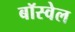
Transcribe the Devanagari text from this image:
बॉस्वेल